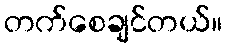
တက်စေချင်တယ်။